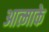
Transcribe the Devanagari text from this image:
आत्माके